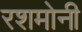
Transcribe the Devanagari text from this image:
रशमोनी